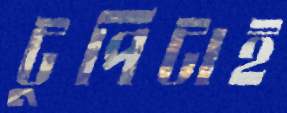
টুপিটাই